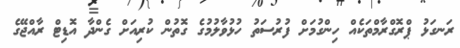
ރަނގަޅު ޕްރޮގްރާމްތަކެއް ހިންގުމަށް ފުރުސަތު ހުޅުވާލުމުގެ ގޮތުން ކުރިއަށް ގެންދާ އޮޑިޓް ރާއްޖޭގެ